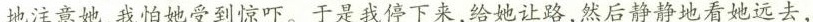
地注意她，我怕她受到惊吓。于是我停下来，给她让路，然后静静地看她远去，